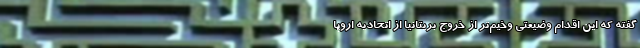
گفته که این اقدام وضیعتی وخیم‌تر از خروج بریتانیا از اتحادیه اروپا